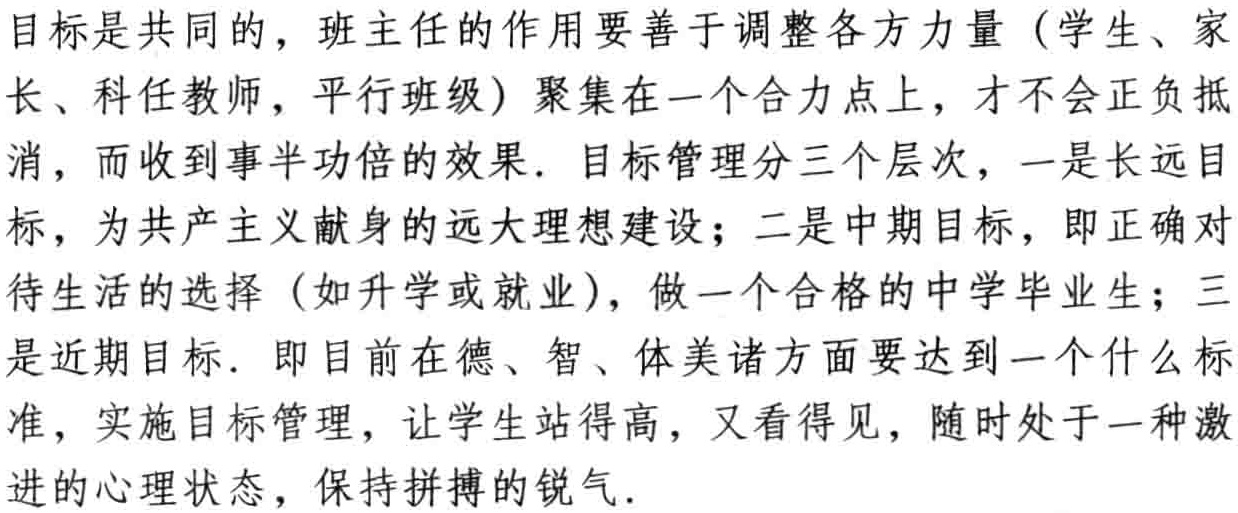
目标是共同的，班主任的作用要善于调整各方力量（学生、家

长、科任教师，平行班级）聚集在一个合力点上，才不会正负抵

消，而收到事半功倍的效果. 目标管理分三个层次，一是长远目

标，为共产主义献身的远大理想建设；二是中期目标，即正确对

待生活的选择（如升学或就业），做一个合格的中学毕业生；三

是近期目标. 即目前在德、智、体美诸方面要达到一个什么标

准，实施目标管理，让学生站得高，又看得见，随时处于一种激

进的心理状态，保持拼搏的锐气.